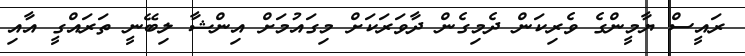
ރައީސް ޔާމީންގެ ވެރިކަން ދެމިގެން ދާވަރަކަށް މިގައުމަށް އިންޝާ ލިބޭނީ ތަރައްގީ އާއި